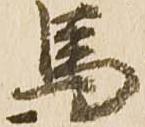
馬